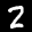
Label: 2